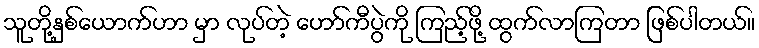
သူတို့နှစ်ယောက်ဟာ မှာ လုပ်တဲ့ ဟော်ကီပွဲကို ကြည့်ဖို့ ထွက်လာကြတာ ဖြစ်ပါတယ်။